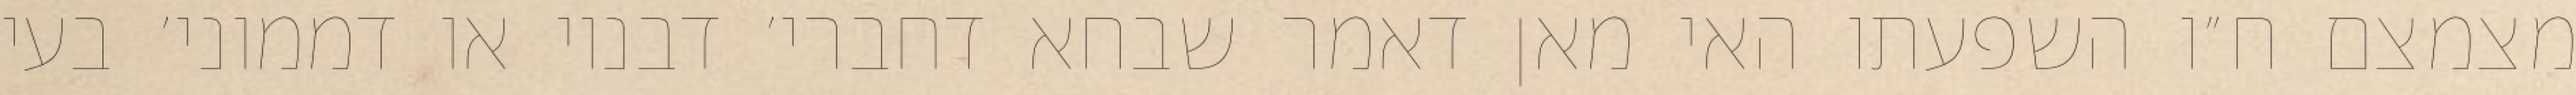
מצמצם ח״ו השפעתו האי מאן דאמר שבחא דחברי׳ דבנוי או דממוני׳ בעי